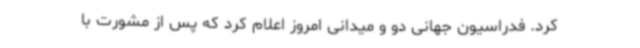
کرد. فدراسیون‌ جهانی دو و میدانی امروز اعلام کرد که پس از مشورت با